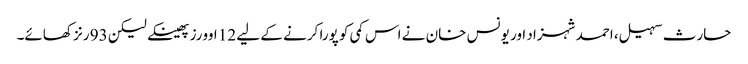
حارث سہیل، احمد شہزاد اور یونس خان نے اس کمی کو پورا کرنے کے لیے 12 اوورز پھینکے لیکن 93 رنز کھائے۔